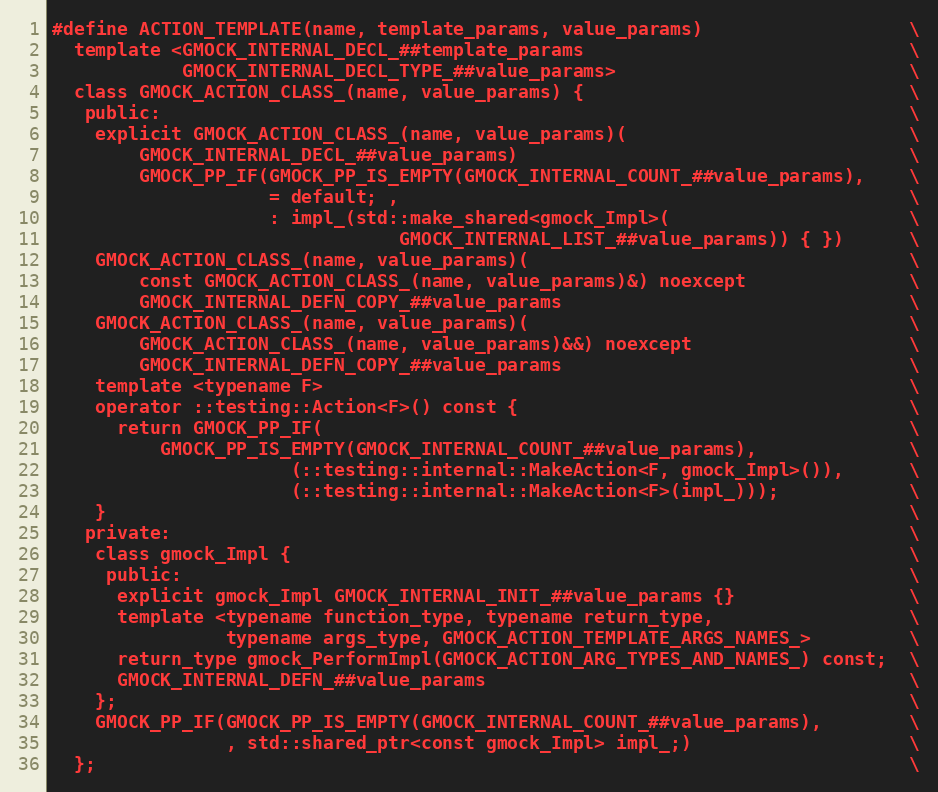
Language: C
#define ACTION_TEMPLATE(name, template_params, value_params)                   \
  template <GMOCK_INTERNAL_DECL_##template_params                              \
            GMOCK_INTERNAL_DECL_TYPE_##value_params>                           \
  class GMOCK_ACTION_CLASS_(name, value_params) {                              \
   public:                                                                     \
    explicit GMOCK_ACTION_CLASS_(name, value_params)(                          \
        GMOCK_INTERNAL_DECL_##value_params)                                    \
        GMOCK_PP_IF(GMOCK_PP_IS_EMPTY(GMOCK_INTERNAL_COUNT_##value_params),    \
                    = default; ,                                               \
                    : impl_(std::make_shared<gmock_Impl>(                      \
                                GMOCK_INTERNAL_LIST_##value_params)) { })      \
    GMOCK_ACTION_CLASS_(name, value_params)(                                   \
        const GMOCK_ACTION_CLASS_(name, value_params)&) noexcept               \
        GMOCK_INTERNAL_DEFN_COPY_##value_params                                \
    GMOCK_ACTION_CLASS_(name, value_params)(                                   \
        GMOCK_ACTION_CLASS_(name, value_params)&&) noexcept                    \
        GMOCK_INTERNAL_DEFN_COPY_##value_params                                \
    template <typename F>                                                      \
    operator ::testing::Action<F>() const {                                    \
      return GMOCK_PP_IF(                                                      \
          GMOCK_PP_IS_EMPTY(GMOCK_INTERNAL_COUNT_##value_params),              \
                      (::testing::internal::MakeAction<F, gmock_Impl>()),      \
                      (::testing::internal::MakeAction<F>(impl_)));            \
    }                                                                          \
   private:                                                                    \
    class gmock_Impl {                                                         \
     public:                                                                   \
      explicit gmock_Impl GMOCK_INTERNAL_INIT_##value_params {}                \
      template <typename function_type, typename return_type,                  \
                typename args_type, GMOCK_ACTION_TEMPLATE_ARGS_NAMES_>         \
      return_type gmock_PerformImpl(GMOCK_ACTION_ARG_TYPES_AND_NAMES_) const;  \
      GMOCK_INTERNAL_DEFN_##value_params                                       \
    };                                                                         \
    GMOCK_PP_IF(GMOCK_PP_IS_EMPTY(GMOCK_INTERNAL_COUNT_##value_params),        \
                , std::shared_ptr<const gmock_Impl> impl_;)                    \
  };                                                                           \